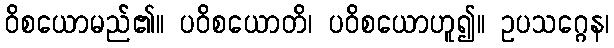
ဝိစယောမည်၏။ ပဝိစယောတိ၊ ပဝိစယောဟူ၍။ ဥပသဂ္ဂေန၊